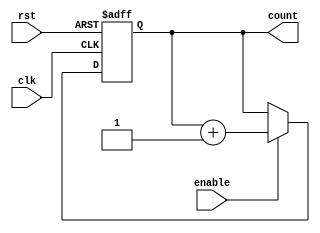
module incremental_counter (
    input wire clk,               // Clock signal
    input wire rst,               // Asynchronous reset signal
    input wire enable,            // Enable signal
    output reg [7:0] count        // 8-bit output count
);

    // Synchronous behavior: reset the counter to zero on 'rst'
    always @(posedge clk or posedge rst) begin
        if (rst) begin              // Asynchronous reset
            count <= 8'b00000000;   // Reset count to zero
        end else if (enable) begin  // Increment logic
            count <= count + 1;     // Increment count by 1
        end
    end

endmodule